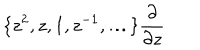
LaTeX: \{ z ^ { 2 } , z , 1 , z ^ { - 1 } , \ldots \} \frac { \partial } { \partial z }